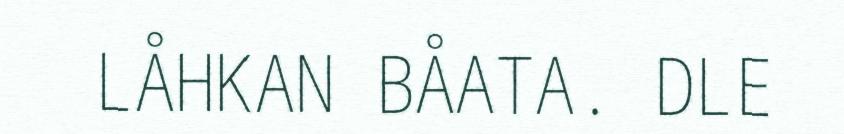
LÅHKAN BÅATA. DLE